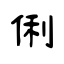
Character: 俐